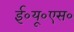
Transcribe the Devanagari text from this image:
ई०यू०एस०